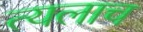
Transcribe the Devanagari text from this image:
त्यलाच